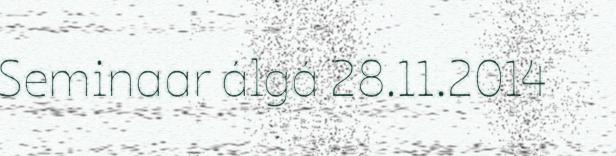
Seminaar álgá 28.11.2014